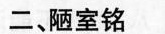
二、陋室铭